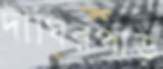
দীঘিরপাড়